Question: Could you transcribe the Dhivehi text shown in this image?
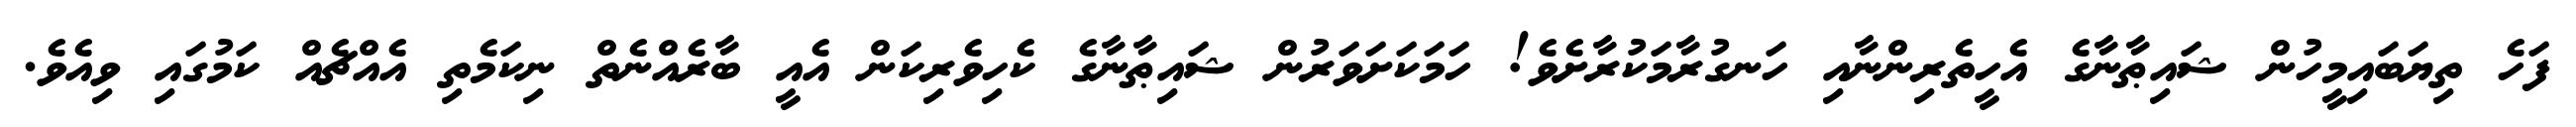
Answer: ފަހެ ތިޔަބައިމީހުން ޝައިޠާނާގެ އެހީތެރިންނާއި ހަނގުރާމަކުރާށެވެ! ހަމަކަށަވަރުން ޝައިޠާނާގެ ކެހިވެރިކަން އެއީ ބާރެއްނެތް ނިކަމެތި އެއްޗެއް ކަމުގައި ވިއެވެ.